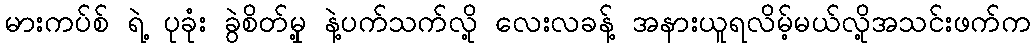
မားကပ်စ် ရဲ့ ပုခုံး ခွဲစိတ်မှု့ နဲ့ပက်သက်လို့ လေးလခန့် အနားယူရလိမ့်မယ်လို့အသင်းဖက်က